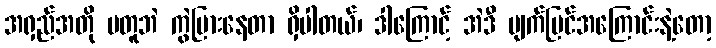
အရှည်အတို မတူဘဲ ကွဲပြားနေတာ ရှိပါတယ်၊ ဒါကြောင့် အဲဒီ မျက်မြင်အကြောင်းနဲ့တော့